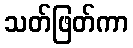
သတ်ဖြတ်ကာ